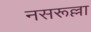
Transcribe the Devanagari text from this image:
नसरूल्ला